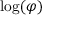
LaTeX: \log ( \varphi )